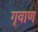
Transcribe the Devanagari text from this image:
गृवाण